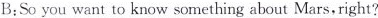
B;So you want to know something about Mars,right?